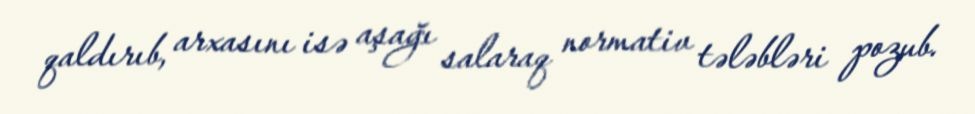
qaldırıb, arxasını isə aşağı salaraq normativ tələbləri pozub.